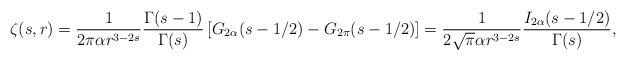
LaTeX: \begin{align*} \zeta(s, r)=\frac{1}{2\pi \alpha r^{3-2s}}\frac{\Gamma(s-1)}{\Gamma(s)}\left[G_{2\alpha}(s-1/2)-G_{2\pi}(s-1/2)\right]=\frac{1}{2\sqrt \pi \alpha r^{3-2s}}\frac{I_{2\alpha}(s-1/2)}{\Gamma(s)}{,}\end{align*}